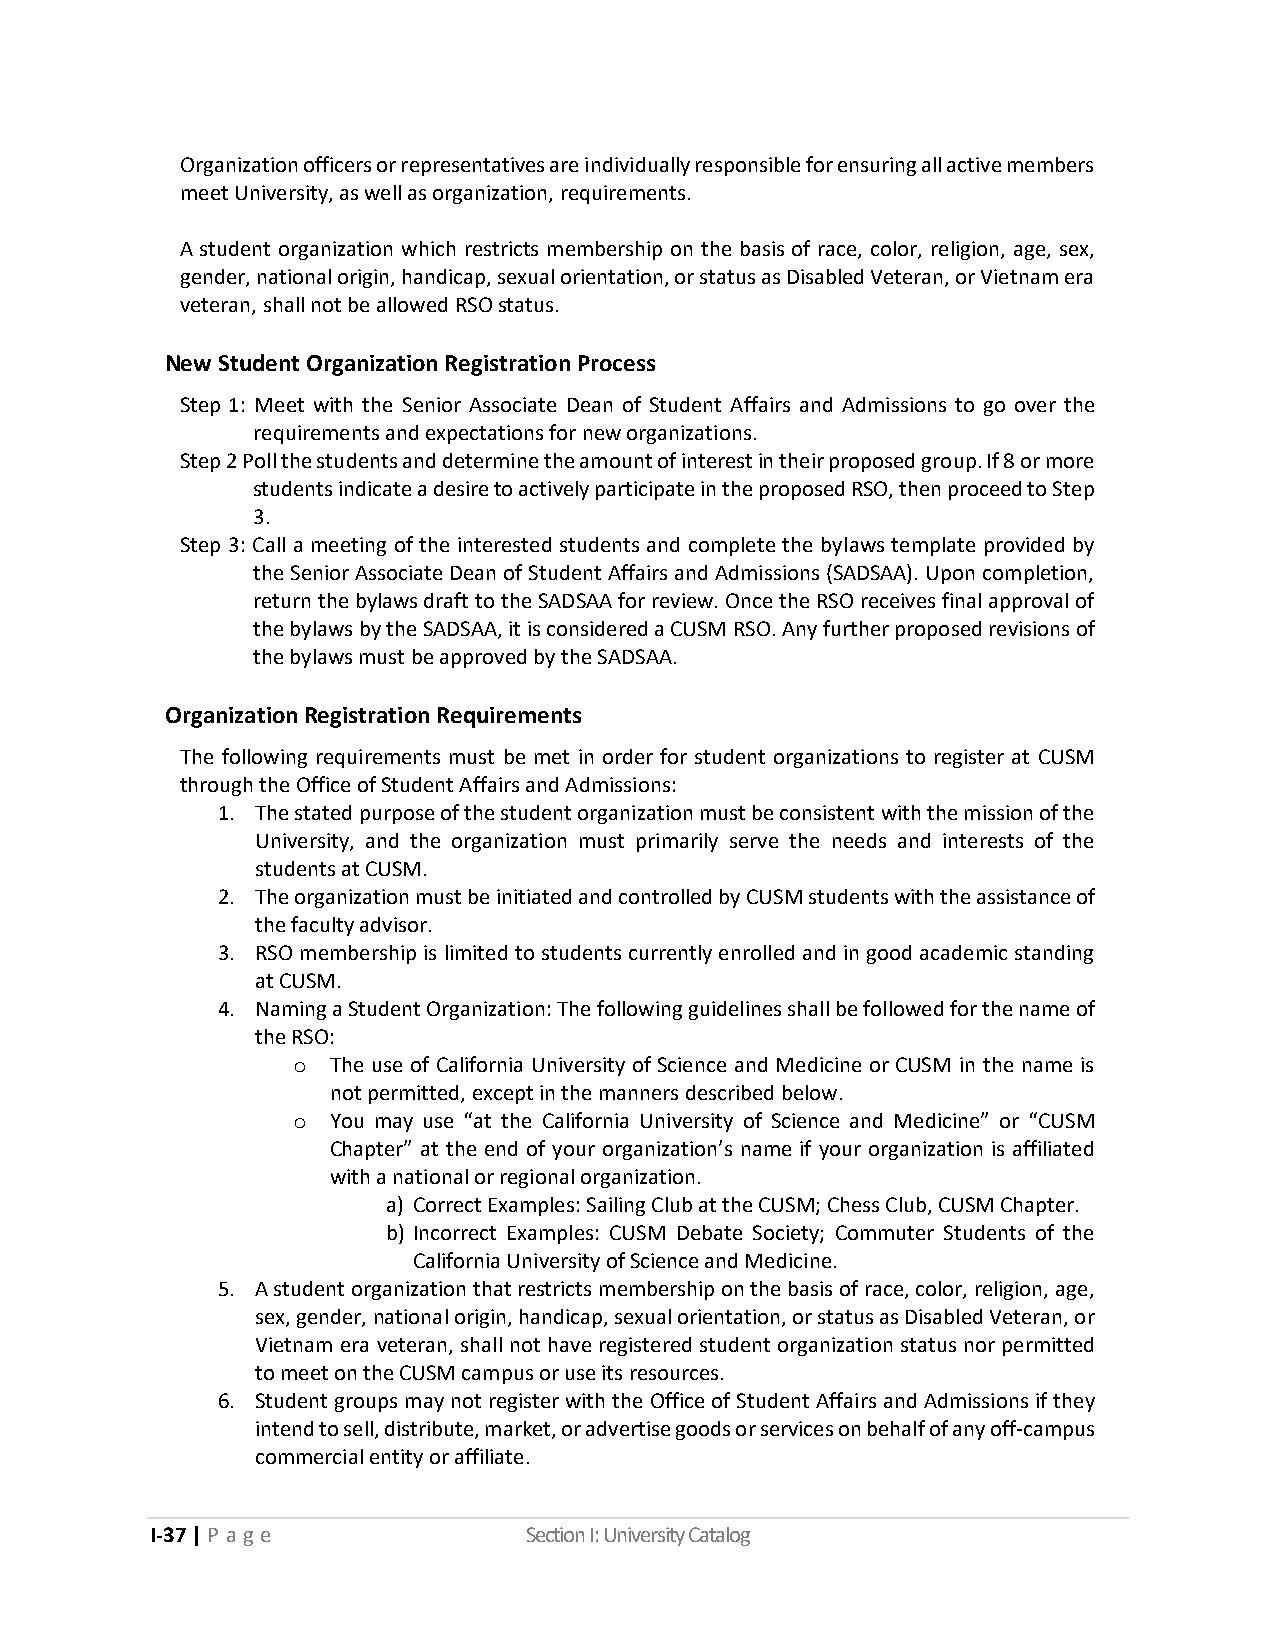
Organization officers or representatives are individually responsible for ensuring all active members
 meet University, as well as organization, requirements.
 A student organization which restricts membership on the basis of race, color, religion, age, sex,
 gender, national origin, handicap, sexual orientation, or status as Disabled Veteran, or Vietnam era
 veteran, shall not be allowed RSO status.
 New Student Organization Registration Process
 Step 1: Meet with the Senior Associate Dean of Student Affairs and Admissions to go over the
 requirements and expectations for new organizations.
 Step 2 Poll the students and determine the amount of interest in their proposed group. If 8 or more
 students indicate a desire to actively participate in the proposed RSO, then proceed to Step
 3.
 Step 3: Call a meeting of the interested students and complete the bylaws template provided by
 the Senior Associate Dean of Student Affairs and Admissions (SADSAA). Upon completion,
 return the bylaws draft to the SADSAA for review. Once the RSO receives final approval of
 the bylaws by the SADSAA, it is considered a CUSM RSO. Any further proposed revisions of
 the bylaws must be approved by the SADSAA.
 Organization Registration Requirements
 The following requirements must be met in order for student organizations to register at CUSM
 through the Office of Student Affairs and Admissions:
 1. The stated purpose of the student organization must be consistent with the mission of the
 University, and the organization must primarily serve the needs and interests of the
 students at CUSM.
 2. The organization must be initiated and controlled by CUSM students with the assistance of
 the faculty advisor.
 3. RSO membership is limited to students currently enrolled and in good academic standing
 at CUSM.
 4. Naming a Student Organization: The following guidelines shall be followed for the name of
 the RSO:
 o  The use of California University of Science and Medicine or CUSM in the name is
 not permitted, except in the manners described below.
 o  You may use “at the California University of Science and Medicine” or “CUSM
 Chapter” at the end of your organization’s name if your organization is affiliated
 with a national or regional organization.
 a) Correct Examples: Sailing Club at the CUSM; Chess Club, CUSM Chapter.
 b) Incorrect Examples: CUSM Debate Society; Commuter Students of the
 California University of Science and Medicine.
 5. A student organization that restricts membership on the basis of race, color, religion, age,
 sex, gender, national origin, handicap, sexual orientation, or status as Disabled Veteran, or
 Vietnam era veteran, shall not have registered student organization status nor permitted
 to meet on the CUSM campus or use its resources.
 6. Student groups may not register with the Office of Student Affairs and Admissions if they
 intend to sell, distribute, market, or advertise goods or services on behalf of any off-campus
 commercial entity or affiliate.
 I-37 | P a ge            Section I: University Catalog